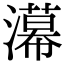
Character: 濗